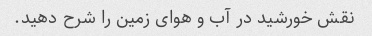
نقش خورشید در آب و هوای زمین را شرح دهید.